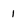
Character: 1